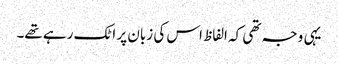
یہی وجہ تھی کہ الفاظ اس کی زبان پر اٹک رہے تھے۔